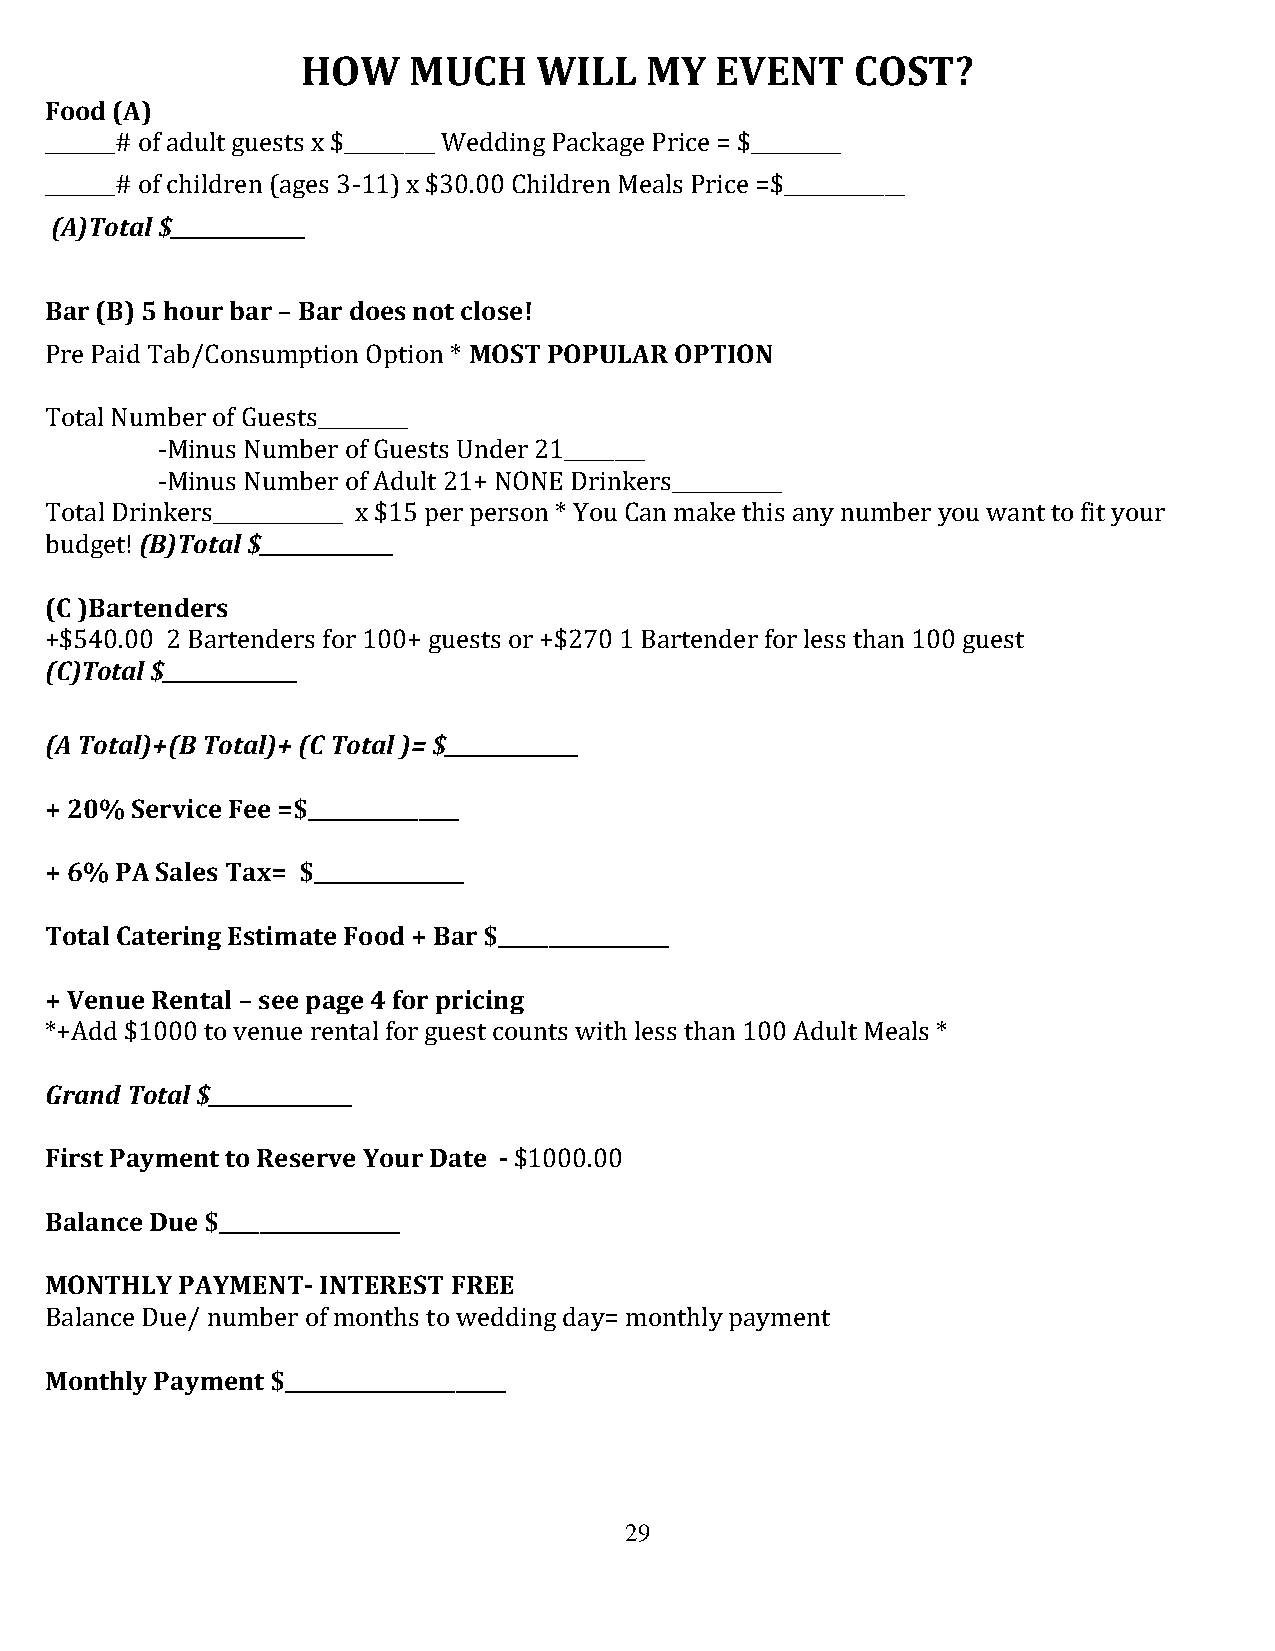
HOW    MUCH    WILL    MY  EVENT     COST?
 Food (A)
 _______# of adult guests x $_________ Wedding Package Price = $_________
 _______# of children (ages 3-11) x $30.00 Children Meals Price =$____________
 (A)Total $______________
 Bar (B) 5 hour bar – Bar does not close!
 Pre Paid Tab/Consumption Option * MOST POPULAR OPTION
 Total Number of Guests_________
 -Minus Number of Guests Under 21________
 -Minus Number of Adult 21+ NONE Drinkers___________
 Total Drinkers_____________ x $15 per person * You Can make this any number you want to fit your
 budget! (B)Total $______________
 (C )Bartenders
 +$540.00 2 Bartenders for 100+ guests or +$270 1 Bartender for less than 100 guest
 (C)Total $______________
 (A Total)+(B Total)+ (C Total )= $______________
 + 20% Service Fee =$_______________
 + 6% PA Sales Tax= $_______________
 Total Catering Estimate Food + Bar $_________________
 + Venue Rental – see page 4 for pricing
 *+Add $1000 to venue rental for guest counts with less than 100 Adult Meals *
 Grand Total $_______________
 First Payment to Reserve Your Date - $1000.00
 Balance Due $__________________
 MONTHLY  PAYMENT- INTEREST FREE
 Balance Due/ number of months to wedding day= monthly payment
 Monthly Payment $______________________
 29